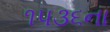
૧૫૩૬ના